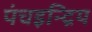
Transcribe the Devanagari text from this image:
पंचइन्द्रिय